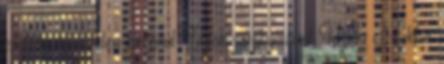
cseh testőrei élén bevonul Újlak várába, ahol Újlaki Miklós